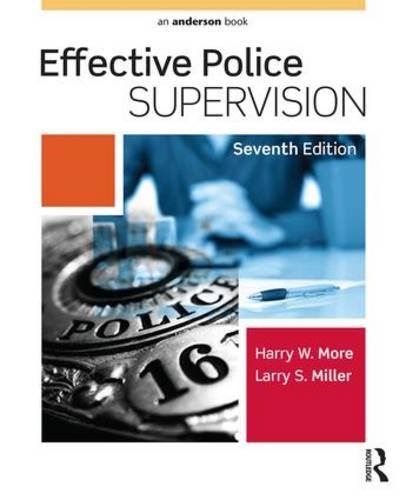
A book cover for Effective Police Supervision; Harry W. More; Law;